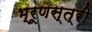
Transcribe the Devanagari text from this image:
भ्रूणस्त्री